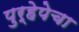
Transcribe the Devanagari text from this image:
पुर्हेपेचा